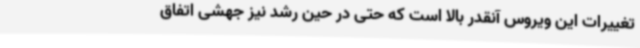
تغییرات این ویروس آنقدر بالا است که حتی در حین رشد نیز جهشی اتفاق